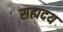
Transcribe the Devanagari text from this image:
सह्मदय